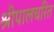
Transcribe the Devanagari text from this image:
श्रीपालचरित